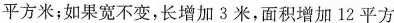
平方米；如果宽不变，长增加3米，面积增加12平方